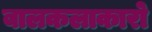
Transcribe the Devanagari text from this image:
बालकलाकारो